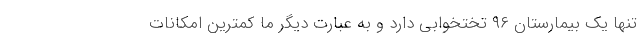
تنها یک بیمارستان ۹۶ تختخوابی دارد و به عبارت دیگر ما کمترین امکانات